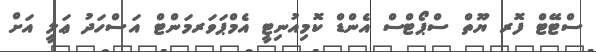
ސްޓޭޓް ފޮރ ޔޫތް ސްޕޯޓްސް އެންޑް ކޮމިއުނިޓީ އެމްޕަވަރމަންޓް އަސްހަދު ޢަލީ އަށް